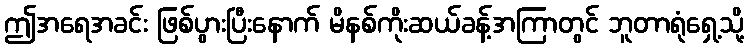
ဤအရေအခင်း ဖြစ်ပွားပြီးနောက် မိနစ်ကိုးဆယ်ခန့်အကြာတွင် ဘူတာရုံရှေ့သို့